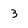
Character: 3